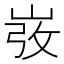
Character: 𡸅